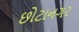
છોટાનગર